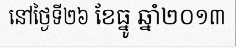
នៅថ្ងៃទី២៦ ខែធ្នូ ឆ្នាំ២០១៣